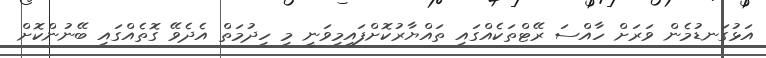
އަޅުގަނޑުމެން ވަރަށް ހާއްސަ ރޭޓްތަކެއްގައި ތައްޔާރުކޮށްފައިމިވަނީ މި ހިދުމަތް އެދެވޭ ގޮތެއްގައި ބޭނުންކޮށް